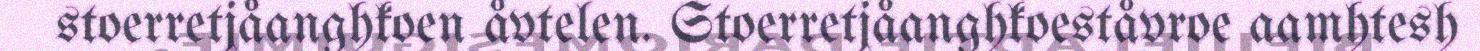
stoerretjåanghkoen åvtelen. Stoerretjåanghkoeståvroe aamhtesh